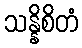
သန္နိစိတံ